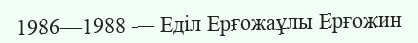
1986—1988 — Еділ Ерғожаұлы Ерғожин